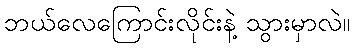
ဘယ်လေကြောင်းလိုင်းနဲ့ သွားမှာလဲ။